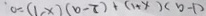
0 = ( 1 - x ) ( b - 7 ) + ( 1 + x ) ( b - 1 )